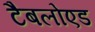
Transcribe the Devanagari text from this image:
टैबलोएड